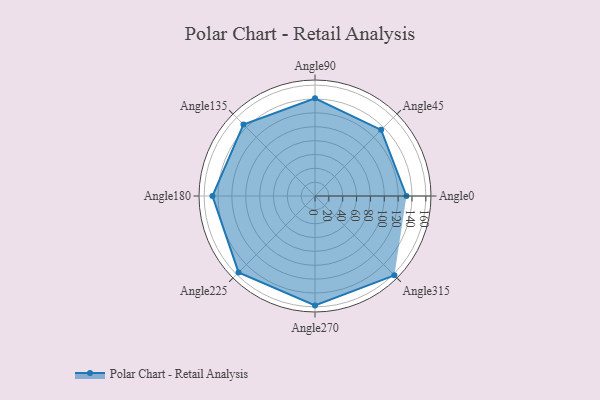
{"axis": {"x": "Angle", "y": "Radius"}, "legend": [""], "data": [{"x": "Angle0", "y": 132.0, "type": ""}, {"x": "Angle45", "y": 135.0, "type": ""}, {"x": "Angle90", "y": 141.0, "type": ""}, {"x": "Angle135", "y": 146.0, "type": ""}, {"x": "Angle180", "y": 148.0, "type": ""}, {"x": "Angle225", "y": 156.0, "type": ""}, {"x": "Angle270", "y": 158.0, "type": ""}, {"x": "Angle315", "y": 162.0, "type": ""}]}